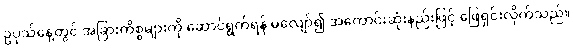
ဥပုသ်နေ့တွင် အခြားကိစ္စများကို ဆောင်ရွက်ရန် မလျော်၍ အကောင်းဆုံးနည်းဖြင့် ဖြေရှင်းလိုက်သည်။